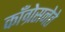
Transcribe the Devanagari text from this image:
काँग्रेसनेते